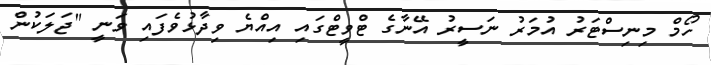
ހޯމް މިނިސްޓަރު އުމަރު ނަސީރު އޭނާގެ ޓްވީޓްގައި އިއްޔެ ވިދާޅުވެފައި ވަނީ "ޖަލަކުން